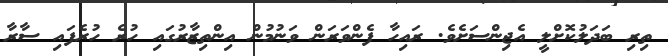
ތިރި ބަދަލުކޮށްލީ އެޖިންސަށެވެ. ރައިހާ ފެންވަރަން ވަނުމުން އިންތިޒާރުގައި ހުރެ ހުރެފައި ސާރާ